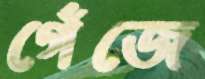
গেঁজে